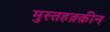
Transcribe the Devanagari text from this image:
मुस्तहक़्क़ीन